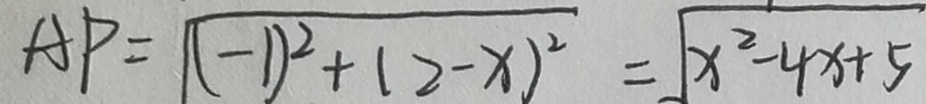
A P = \sqrt { ( - 1 ) ^ { 2 } + ( 2 - x ) ^ { 2 } } = \sqrt { x ^ { 2 } - 4 x + 5 }